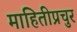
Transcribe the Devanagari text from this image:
माहितीप्रचुर